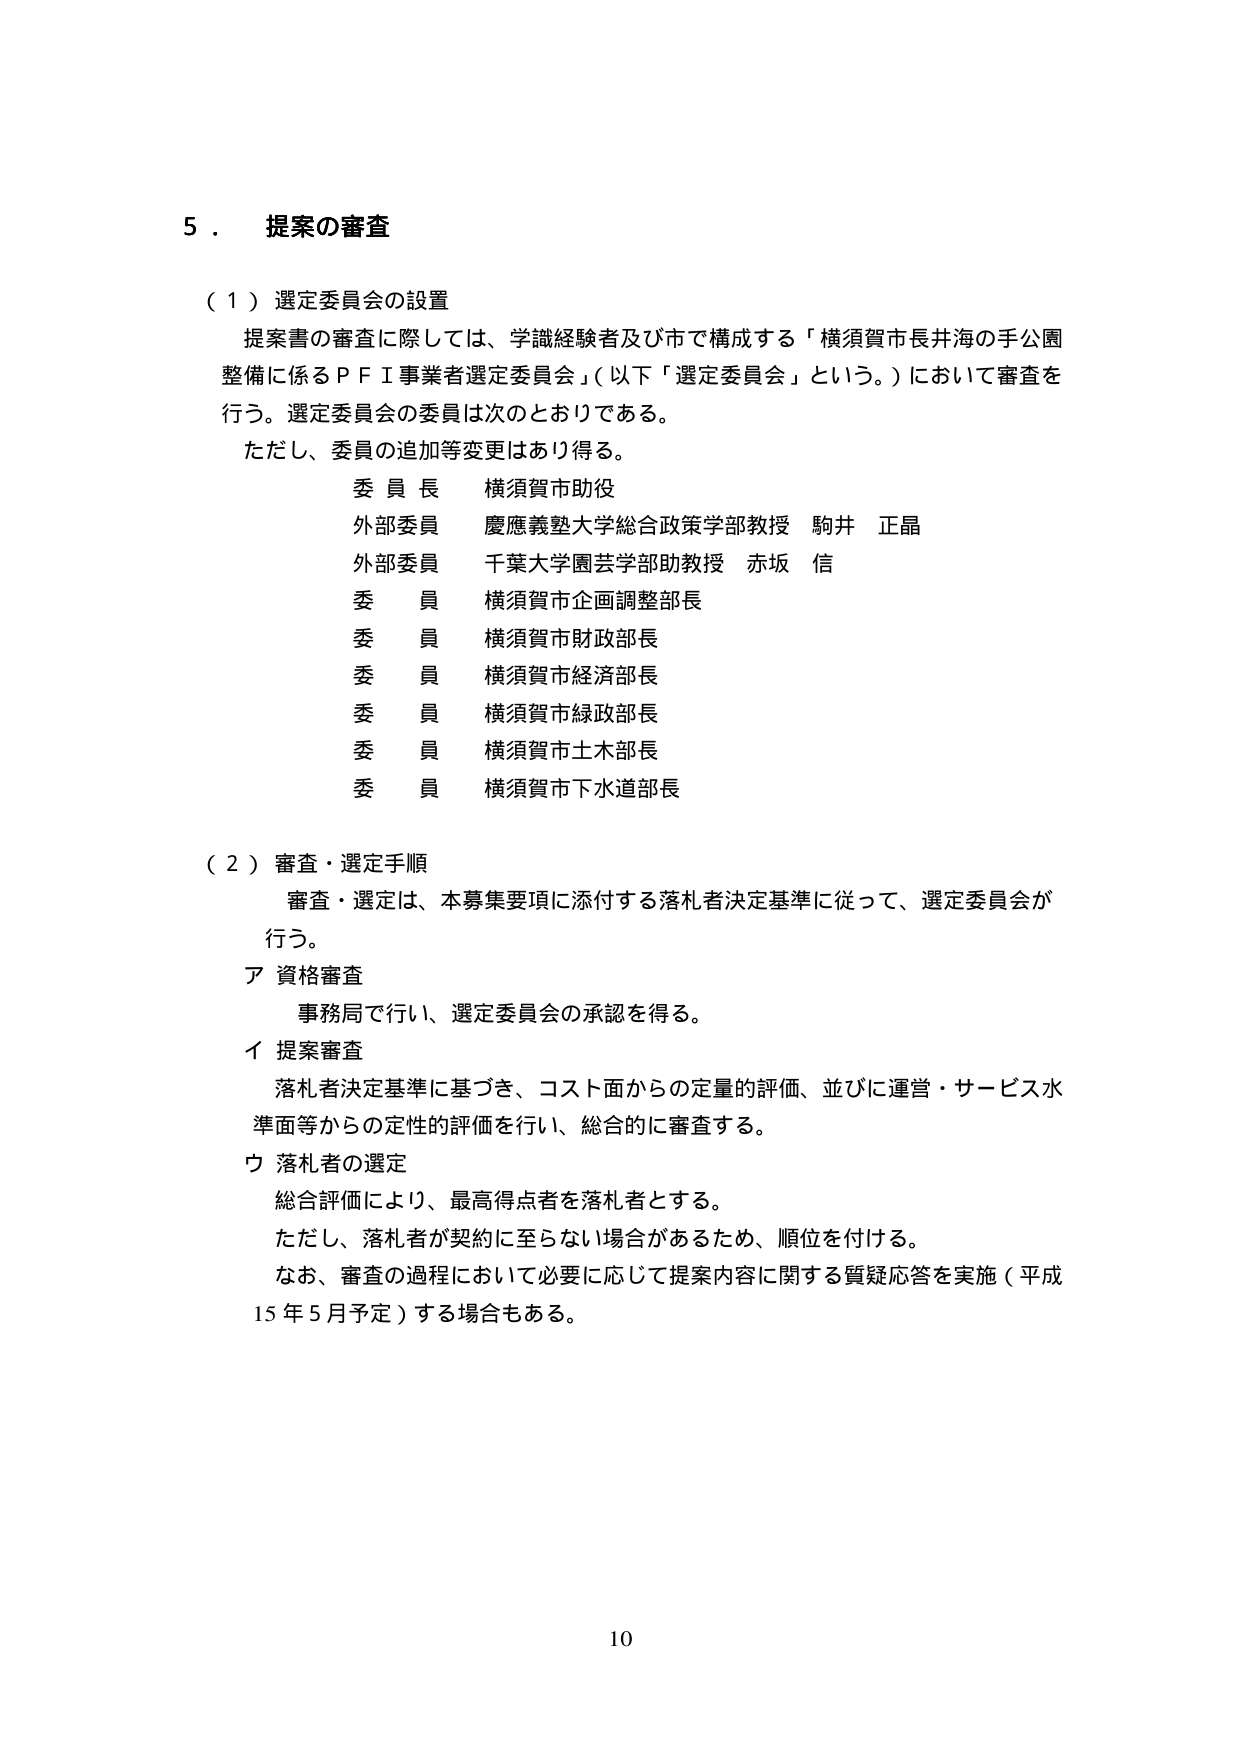
5．提案の審査

（1）選定委員会の設置
提案書の審査に際しては、学識経験者及び市で構成する「横須賀市長井海の手公園整備に係るＰＦＩ事業者選定委員会」（以下「選定委員会」という。）において審査を行う。選定委員会の委員は次のとおりである。
ただし、委員の追加等変更はあり得る。

委員長　横須賀市助役
外部委員　慶應義塾大学総合政策学部教授　駒井 正晶
外部委員　千葉大学園芸学部助教授　赤坂 信
委員　横須賀市企画調整部長
委員　横須賀市財政部長
委員　横須賀市経済部長
委員　横須賀市緑政部長
委員　横須賀市土木部長
委員　横須賀市下水道部長

（2）審査・選定手順
審査・選定は、本募集要項に添付する落札者決定基準に従って、選定委員会が行う。

ア 資格審査
事務局で行い、選定委員会の承認を得る。

イ 提案審査
落札者決定基準に基づき、コスト面からの定量的評価、並びに運営・サービス水準面等からの定性的評価を行い、総合的に審査する。

ウ 落札者の選定
総合評価により、最高得点者を落札者とする。
ただし、落札者が契約に至らない場合があるため、順位を付ける。
なお、審査の過程において必要に応じて提案内容に関する質疑応答を実施（平成15年5月予定）する場合もある。

10